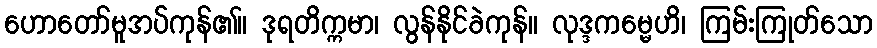
ဟောတော်မူအပ်ကုန်၏။ ဒုရတိက္ကမာ၊ လွန်နိုင်ခဲကုန်။ လုဒ္ဒကမ္မေဟိ၊ ကြမ်းကြုတ်သော